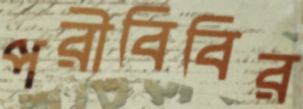
পরীবিবির